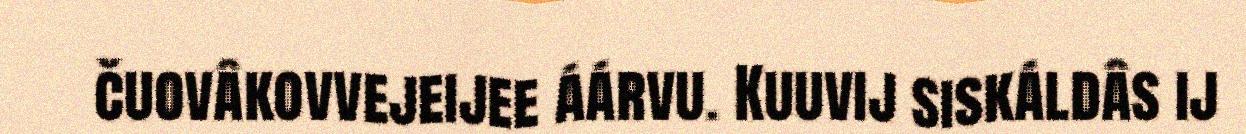
čuovâkovvejeijee áárvu. Kuuvij siskáldâs ij